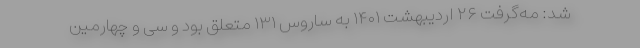
شد: مه‌گرفت ۲۶ اردیبهشت ۱۴۰۱ به ساروس ۱۳۱ متعلق بود و سی و چهارمین